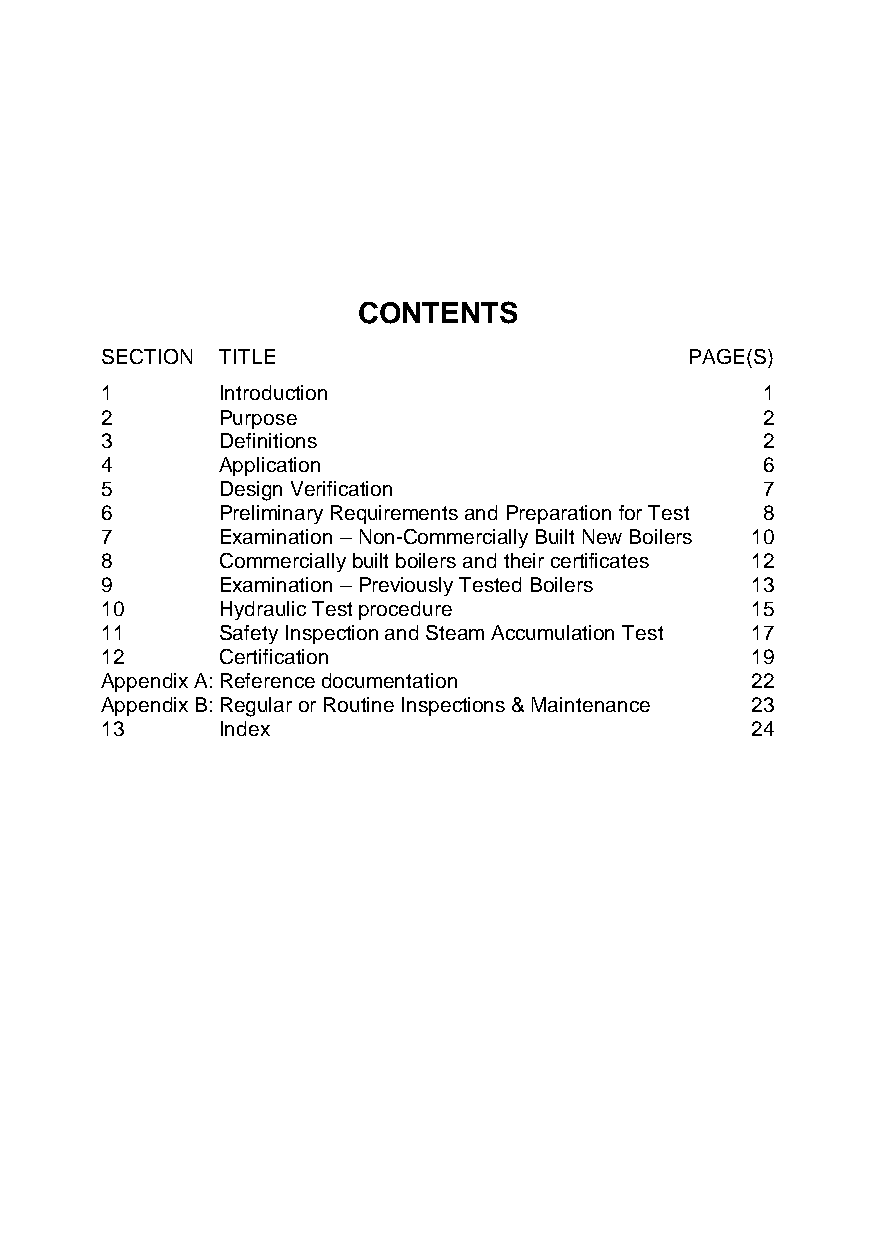
CONTENTS
 SECTION TITLE                          PAGE(S)
 1       Introduction                       1
 2       Purpose                            2
 3       Definitions                        2
 4       Application                        6
 5       Design Verification                7
 6       Preliminary Requirements and Preparation for Test 8
 7       Examination – Non-Commercially Built New Boilers 10
 8       Commercially built boilers and their certificates 12
 9       Examination – Previously Tested Boilers 13
 10      Hydraulic Test procedure           15
 11      Safety Inspection and Steam Accumulation Test 17
 12      Certification                      19
 Appendix A: Reference documentation        22
 Appendix B: Regular or Routine Inspections & Maintenance 23
 13      Index                              24